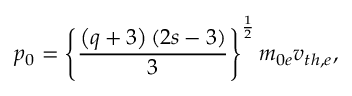
p _ { 0 } = \left\{ \frac { \left( q + 3 \right) \left( 2 s - 3 \right) } { 3 } \right\} ^ { \frac { 1 } { 2 } } m _ { 0 e } v _ { t h , e } ,